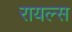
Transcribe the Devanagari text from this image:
रायल्स